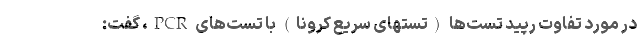
در مورد تفاوت رپید تست‌ها (تستهای سریع کرونا) با تست‌های PCR، گفت: